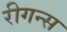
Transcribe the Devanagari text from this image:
रीगन्स